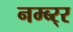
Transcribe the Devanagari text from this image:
नम्ब्र्‍र